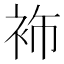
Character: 𮕶